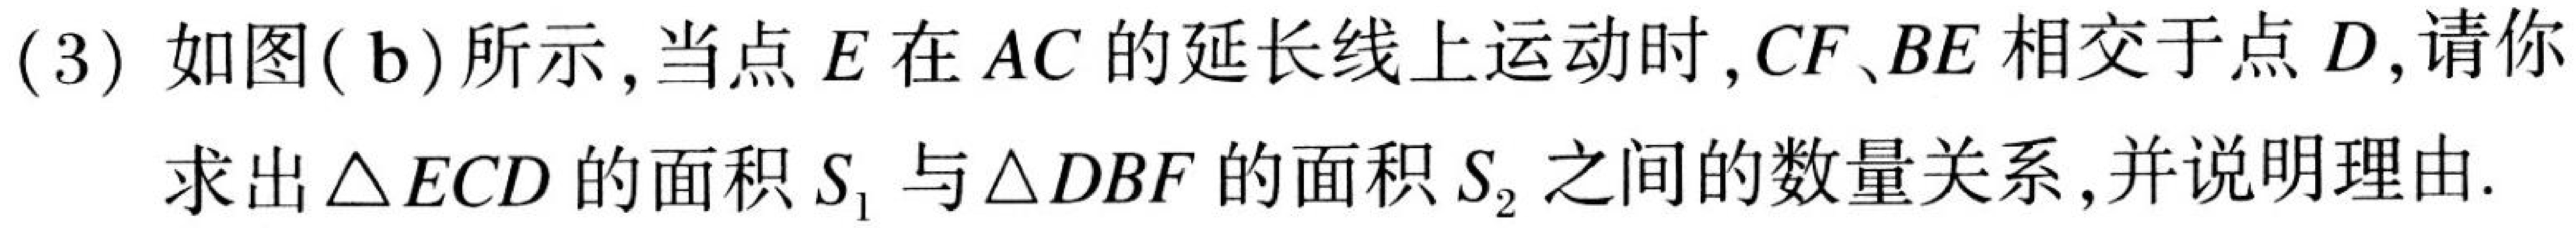
(3) 如图( b)所示,当点\(E\)在\(AC\)的延长线上运动时,\(CF、BE\)相交于点\(D\),请你

求出\(\triangle ECD\)的面积\(S_{1}\)与\(\triangle DBF\)的面积\(S_{2}\)之间的数量关系,并说明理由.